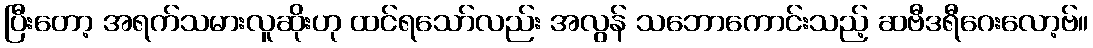
ပြီးတော့ အရက်သမားလူဆိုးဟု ထင်ရသော်လည်း အလွန် သဘောကောင်းသည့် ဆဗီဒရီဂေးလော့ဗ်။